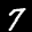
Label: 7